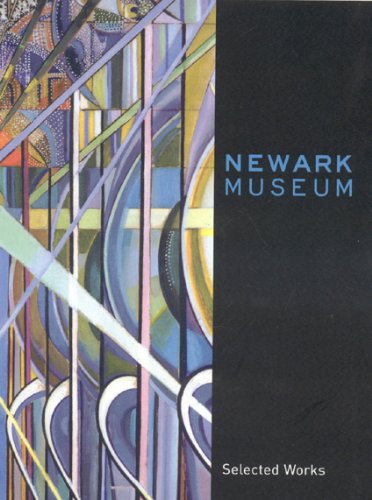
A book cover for Newark Museum: Selected Works; Travel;